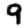
Digit: 9